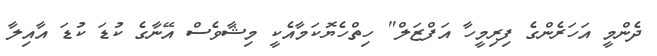
ދެންމީ އަހަރެންގެ ފިރިމީހާ އަފްޒަލް" ހިތްހެޔޮކަމާއެކީ މިޝާވެސް އޭނާގެ ކުޑަ ކުޑަ އާއިލާ